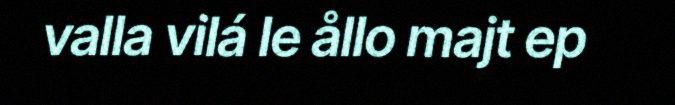
valla vilá le ållo majt ep